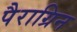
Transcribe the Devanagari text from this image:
पैराग्रिन